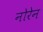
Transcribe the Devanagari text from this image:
नोरेन